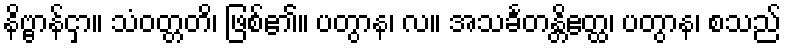
နိဗ္ဗာန်ငှာ။ သံဝတ္တတိ၊ ဖြစ်၏။ ပတွာန၊ လ။ အသင်္ခတန္တိဧတ္ထ၊ ပတွာန၊ စသည်